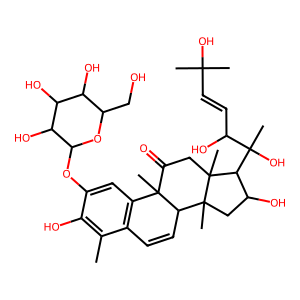
SMILES: Cc1c(O)c(OC2OC(CO)C(O)C(O)C2O)cc2c1C=CC1C2(C)C(=O)CC2(C)C(C(C)(O)C(O)C=CC(C)(C)O)C(O)CC12C
Inhibits HIV replication: No